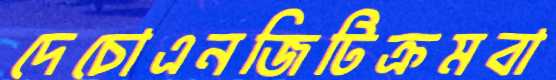
দেচোএনজিটিক্রমবা